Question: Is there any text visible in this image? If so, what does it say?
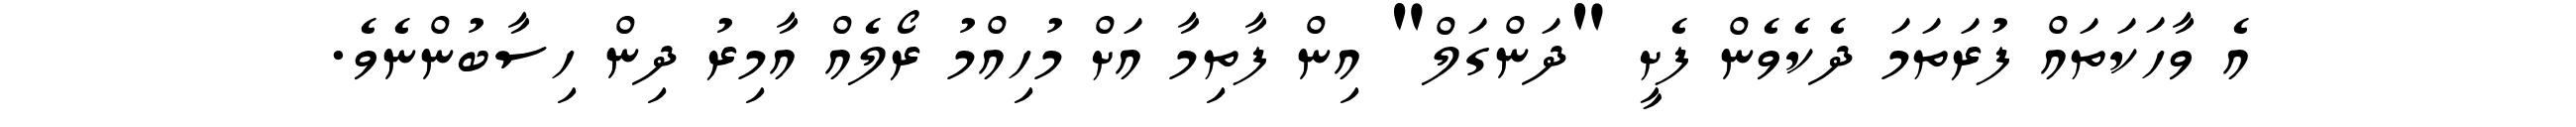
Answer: އެ ވާހަކަތައް ފުރަތަމަ ދެކެވެން ފެށީ "ދަންގަލް" އިން ފާތިމާ އަށް މުހިއްމު ރޯލެއް އާމިރު ދިން ހިސާބުންނެވެ.